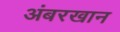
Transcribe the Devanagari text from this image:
अंबरखान